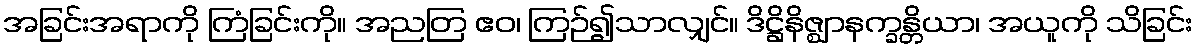
အခြင်းအရာကို ကြံခြင်းကို။ အညတြ ဧဝ၊ ကြဉ်၍သာလျှင်။ ဒိဋ္ဌိနိဇ္ဈာနက္ခန္တိယာ၊ အယူကို သိခြင်း